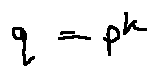
q = p ^ { k }